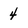
Character: 4